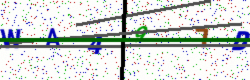
Text: WA497B